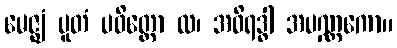
မေဇ္ဈံ ပူတံ ပဝိတ္တော ထ၊ အဝိရဒ္ဓါ အပဏ္ဏကော။